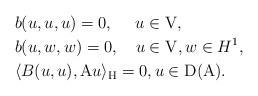
LaTeX: \begin{align*}& b(u,u,u) = 0,~~~\,\, u \in \mathrm{V},\\& b(u,w,w) = 0,~~~ u \in \mathrm{V}, w \in H^1,\\& \langle B(u,u), \mathrm{A} u\rangle_{\mathrm{H}} = 0, u \in \mathrm{D}(\mathrm{A}).\end{align*}